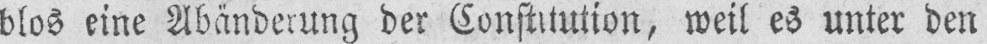
blos eine Abänderung der Constitution, weil es unter den